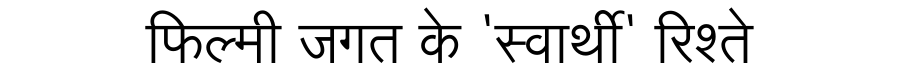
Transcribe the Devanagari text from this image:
फिल्मी जगत के 'स्वार्थी' रिश्ते